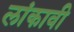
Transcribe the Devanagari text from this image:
लांकावी